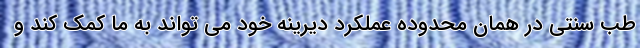
طب سنتی در همان محدوده عملکرد دیرینه خود می تواند به ما کمک کند و